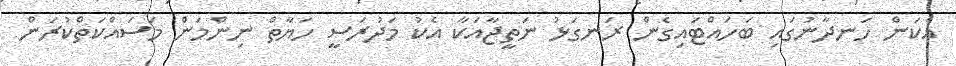
އެކަން ހަނދާނުގައި ބަހައްޓައިގެން ރަނގަޅު ނަތީޖާއަކާ އެކު މަދުރަސީ ހަޔާތް ނިންމަން މަސައްކަތްކުރަން